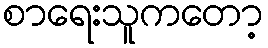
စာရေးသူကတော့